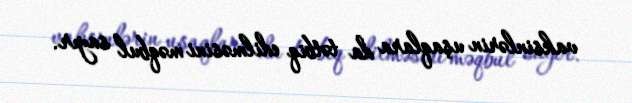
vaksinlərin uşaqlara da tətbiq edilməsini məqbul sayır.